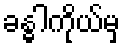
ခန္ဓါကိုယ်မှ